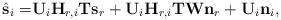
LaTeX: \begin{align*}\hat{{\bf s}}_i=&{\bf U}_i{\bf H}_{r,i}{\bf T}{\bf s}_r+{\bf U}_i{\bf H}_{r,i}{\bf T}{\bf W}{\bf n}_r+{\bf U}_i{\bf n}_i,\end{align*}